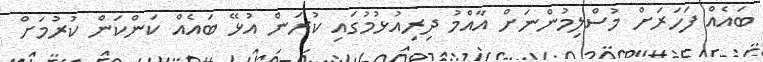
ބައެއް ފަހަރަށް މުސްލިމުންނަށް އާއްމު ދިރިއުޅުމުގައި ކުރަން އުޅޭ ބައެއް ކަންކަން ކުރުމަށް